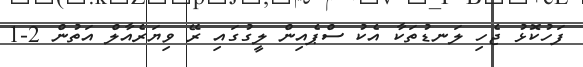
ފަހުކޮޅު ޖެހި ލަނޑުތަކާ އެކު ސްޕެއިން ލީގުގައި ރޭ ވިޔަރެއާލް އަތުން 2-1